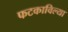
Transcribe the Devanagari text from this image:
फटकाविल्या